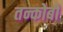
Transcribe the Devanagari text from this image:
तन्कोबों